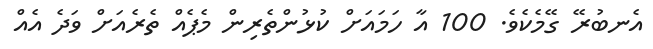
އެނބުރޭ ގޭމެކެވެ. 100 އާ ހަމައަށް ކުޅުންތެރިން މެޕެއް ތެރެއަށް ވަދެ އެއް